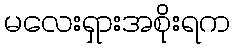
မလေးရှားအစိုးရက